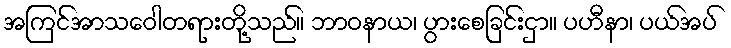
အကြင်အာသဝေါတရားတို့သည်။ ဘာဝနာယ၊ ပွားစေခြင်းငှာ။ ပဟီနာ၊ ပယ်အပ်